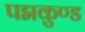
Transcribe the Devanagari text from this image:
पद्मकुण्ड